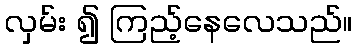
လှမ်း ၍ ကြည့်နေလေသည်။